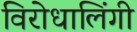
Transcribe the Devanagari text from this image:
विरोधालिंगी